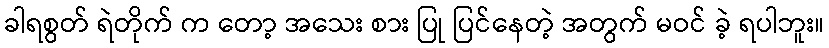
ခါရစွတ် ရဲတိုက် က တော့ အသေး စား ပြု ပြင်နေတဲ့ အတွက် မဝင် ခဲ့ ရပါဘူး။